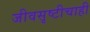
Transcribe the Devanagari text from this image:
जीवसृष्टीचाही